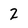
Character: 2